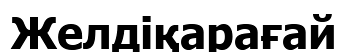
Желдіқарағай